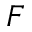
_ { F }